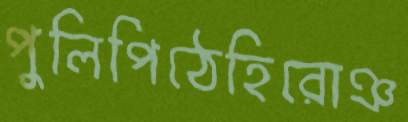
পুলিপিঠেহিরোঞ